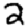
Digit: 2